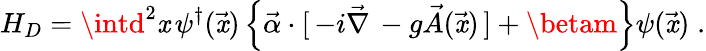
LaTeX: H_{D}=\intd^{2}\mathit{x}\, \psi^{\dagger}(\vec{{\mathit{x}}})\left\{ \vec{{\alpha}}\cdot[\, -i\vec{{\nabla}}\, -g\vec{{A}}(\vec{{\mathit{x}}})\, ]+\betam\right\} \psi(\vec{{\mathit{x}}})\; .